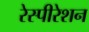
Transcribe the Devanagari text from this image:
रेस्पीरेशन